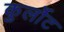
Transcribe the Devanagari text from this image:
कुर्लोट